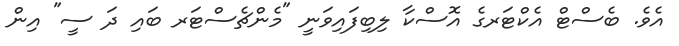
އެވެ. ބެސްޓް އެކްޓަރގެ އޮސްކާ ލިބިފައިވަނީ "މެންޗެސްޓަރ ބައި ދަ ސީ" އިން